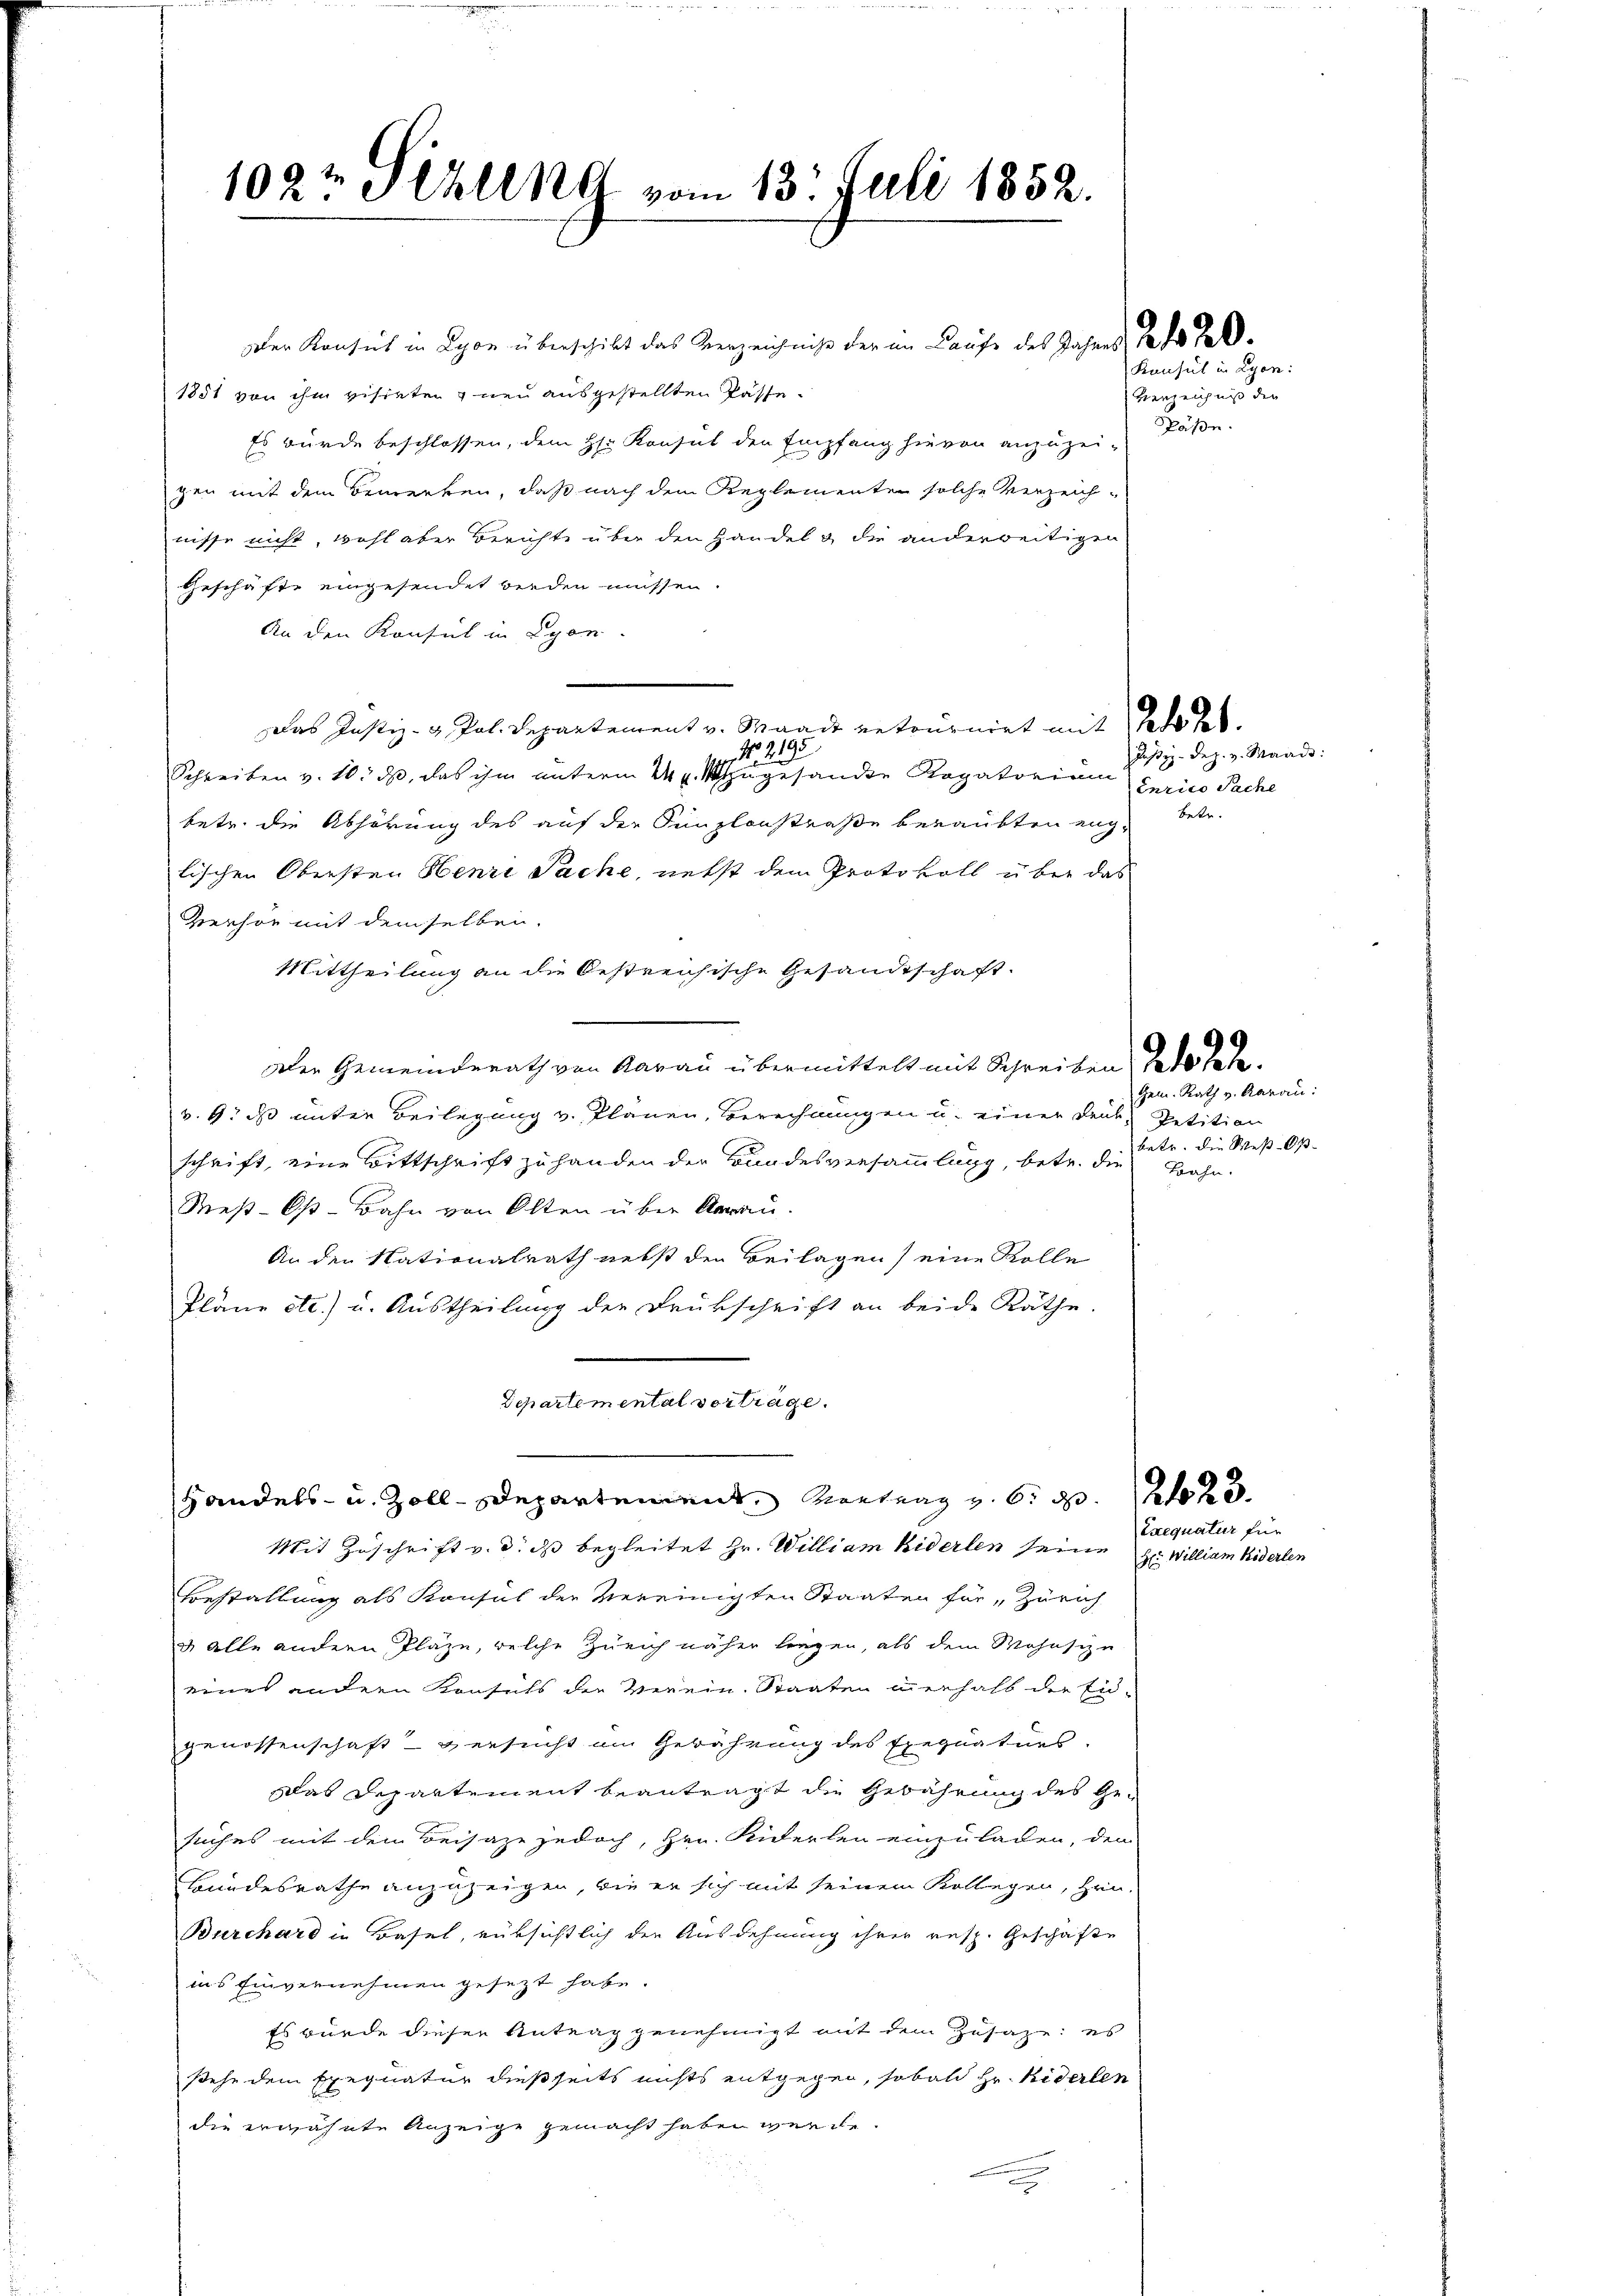
102t Akling vom 13. Juli 1852.

Der Konsul in Lyon überschickt das Verzeichniß der im Laufe des Jahres da des
1881 von ihm visieten neu ausgestellten Kasse.
Es wurde beschlossen, dem Hr. Konsul den Empfang hievon anzuzei-
zen mit dem Bewerken, daß nach dem Reglementen solche Verzeich-
nisse nicht, wohl aber Berichte über den Handel & die anderweitigen
Geschäfte eingesendet werden müssen.
An den Konsul in Lyon
Das Justiz- & Pol. Departement v. Waadt retournirt mit Tode des
No. 295
Schreiben v. Wids, das ihm unterm 24 x zugesandte Rogatorium
betr. die Abhörung des auf der Simplonstraße beraubten englischen Obersten Henri Sache, nebst dem Protokoll über das
Verhör mit demselben,
Mittheilung an die Oestreichische Gesandtschaft.
Der Gemeinderath von Aarau übermittelt mit Schreiben Tode habe.
v. 9. ds unter Beilegung v. Planen, Berechnungen u. einer deute Petition
schrift, eine Bittschrift zu handen der Bundesversammlung, betr. die Bahn¬
Reß-Os-Bahn von Olten über darau
An den Nationalrath nebst den Beilagen) eine Rolle
Pläne etc.) u. Austheilung der Drückschrift an beide Räthe.
Departemental vortrage.
Handels- u. Zoll-Departement, Vortrag v. 6. d. 2
Mit Zuschrift v. d. ds begleitet Hr. William Widerlen seine
Bestallung als Konsul der Vereinigten Staaten für „Zürich
u alle andern Pläze, welche Zürich näher liegen, als dem Mohnsizu
eines andern Konsuls die Verein, Staaten innerhalb der Eid-
genossenschaft - versucht im Gebährung des Exequaturs
Das Departement beantragt die Gebährung des Ge-
suches mit den Beisaze jedoch, Hrn. Siderlen einzuladen, den
Bundesrathe anzuzeigen, wie er sich mit seinem Kollegen, heu
Burchard in Basel, rüksichtlich der Ausdehnung ihrer resp. Geschäfte
ins Einvernehmen gesezt habe.
Es wurde dieser Antrag genehmigt mit dem Zusaze: es
sehe dem Exequatur dießseits nichts entgegen, sobald Hr. Riderlen
die erwähnte Anzeige gemacht haben werde.
e

Konsul in Lyon
Verzeichnis die
Späße.

Justiz-Dez. v. Maads:
Enrico Sache
betr.

Gem. Rath v. Aarau:
betr. die Wes Os

Exequatur für
Hr William Widerlen